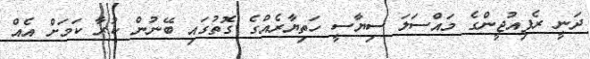
ދަނީ ރެފިއުޖީންގެ މައްސަލަ ސިިޔާސީ ހަތިޔާރެއްގެ ގޮތުގައި ބޭނުން ކުރާ ކަމަށް އެއް